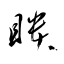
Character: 瞶